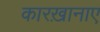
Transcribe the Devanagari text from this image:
कारख़ानाए